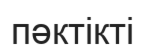
пәктікті